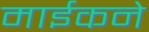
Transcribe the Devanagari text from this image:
माईकने